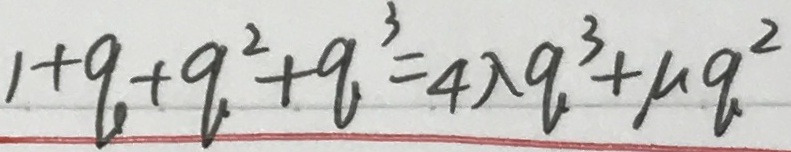
1 + q + q ^ { 2 } + q ^ { 3 } = 4 \lambda q ^ { 3 } + \mu q ^ { 2 }